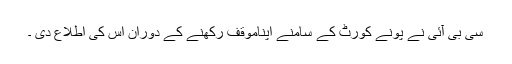
سی بی آئی نے پونے کورٹ کے سامنے اپناموقف رکھنے کے دوران اس کی اطلاع دی ۔